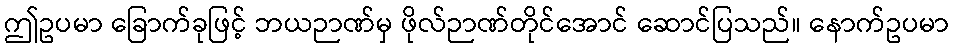
ဤဥပမာ ခြောက်ခုဖြင့် ဘယဉာဏ်မှ ဖိုလ်ဉာဏ်တိုင်အောင် ဆောင်ပြသည်။ နောက်ဥပမာ